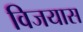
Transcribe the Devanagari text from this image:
विजयास